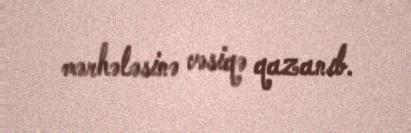
mərhələsinə vəsiqə qazanıb.